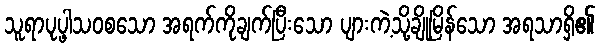
သူရာပုပ္ဖါသဝစသော အရက်ကိုချက်ပြီးသော ပျားကဲ့သို့ချိုမြိန်သော အရသာရှိ၏